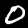
Label: 0